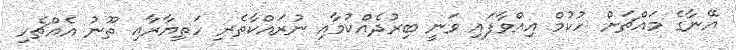
އޭނާގެ މައްޗަށް ހުކުމް އިއްވާފައި ވަނީ ބިރުދެއްކުމާއި ނުރައްކާތެރި ހަތިޔާރާއި ތޫނު އެއްޗެހި